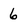
Character: 6